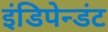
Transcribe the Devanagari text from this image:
इंडिपेन्डंट